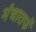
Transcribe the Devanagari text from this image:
मंचातर्फे